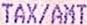
TAX/AMT